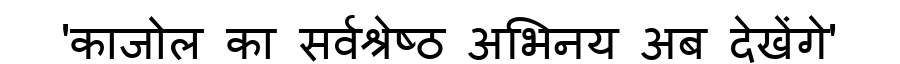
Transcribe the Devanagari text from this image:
'काजोल का सर्वश्रेष्ठ अभिनय अब देखेंगे'